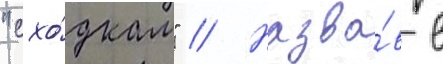
"схо́дкам" // Назва́в в